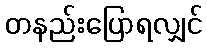
တနည်းပြောရလျှင်